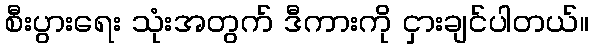
စီးပွားရေး သုံးအတွက် ဒီကားကို ငှားချင်ပါတယ်။